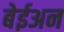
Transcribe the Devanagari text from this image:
बेईअन